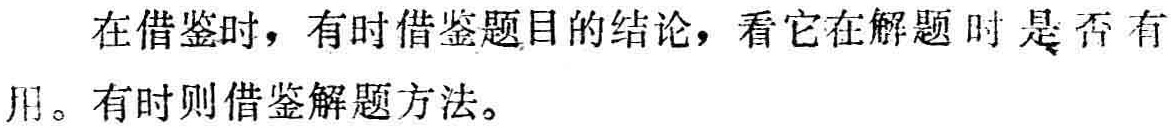
在借鉴时，有时借鉴题目的结论，看它在解题时是否有用。有时则借鉴解题方法。